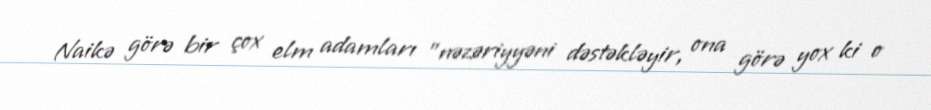
Naikə görə bir çox elm adamları "nəzəriyyəni dəstəkləyir, ona görə yox ki o